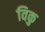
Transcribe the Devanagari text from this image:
विकु